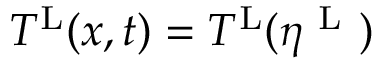
T ^ { \mathrm { L } } ( x , t ) = T ^ { \mathrm { L } } ( \eta ^ { \mathrm { ~ L ~ } } )